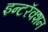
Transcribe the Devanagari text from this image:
इन्टरॅक्शन